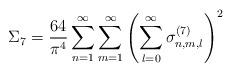
LaTeX: \begin{align*}\Sigma_7 = \frac{64}{\pi^4} \sum_{n=1}^\infty\sum_{m=1}^\infty \left( \sum_{l=0}^\infty\sigma_{n,m,l}^{(7)} \right)^2\end{align*}